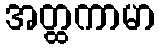
အတ္ထကာမာ